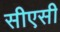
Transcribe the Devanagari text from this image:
सीएसी